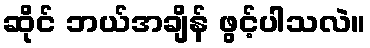
ဆိုင် ဘယ်အချိန် ဖွင့်ပါသလဲ။